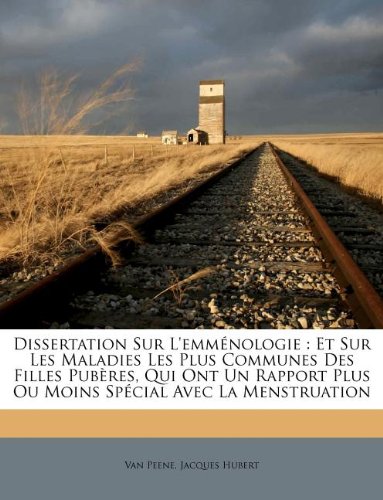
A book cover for Dissertation Sur L'emmÃ©nologie: Et Sur Les Maladies Les Plus Communes Des Filles PubÃ¨res, Qui Ont Un Rapport Plus Ou Moins SpÃ©cial Avec La Menstruation (French Edition); Health, Fitness & Dieting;